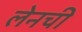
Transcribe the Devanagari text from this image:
लेनची